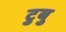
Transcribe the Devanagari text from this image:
टुबु